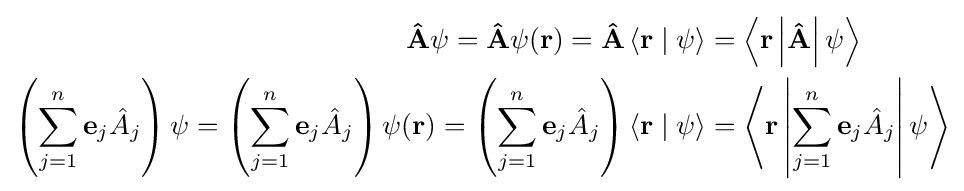
{\begin{aligned}\mathbf {\hat {A}} \psi =\mathbf {\hat {A}} \psi (\mathbf {r} )=\mathbf {\hat {A}} \left\langle \mathbf {r} \mid \psi \right\rangle &=\left\langle \mathbf {r} \left\vert \mathbf {\hat {A}} \right\vert \psi \right\rangle \\\left(\sum _{j=1}^{n}\mathbf {e} _{j}{\hat {A}}_{j}\right)\psi =\left(\sum _{j=1}^{n}\mathbf {e} _{j}{\hat {A}}_{j}\right)\psi (\mathbf {r} )=\left(\sum _{j=1}^{n}\mathbf {e} _{j}{\hat {A}}_{j}\right)\left\langle \mathbf {r} \mid \psi \right\rangle &=\left\langle \mathbf {r} \left\vert \sum _{j=1}^{n}\mathbf {e} _{j}{\hat {A}}_{j}\right\vert \psi \right\rangle \end{aligned}}